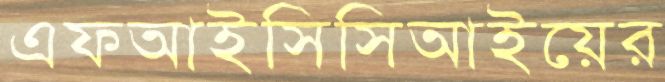
এফআইসিসিআইয়ের